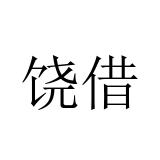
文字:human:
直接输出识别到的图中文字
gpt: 饶借